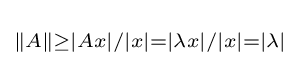
\scriptstyle \|A\|\geq |Ax|/|x|=|\lambda x|/|x|=|\lambda |